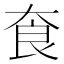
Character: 𡘳